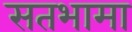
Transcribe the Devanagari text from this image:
सतभामा